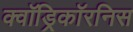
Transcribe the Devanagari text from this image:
क्वॉड्रिकॉरनिस